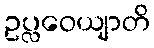
ဥပ္လဝေယျာတိ